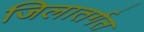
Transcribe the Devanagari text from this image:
जिलातर्गत